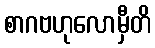
စာဂဗဟုလောမှီတိ